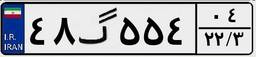
۴۸گ۵۵۴۰۴